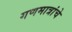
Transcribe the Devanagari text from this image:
गणमात्रांचे